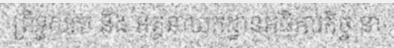
ព្រឹទ្ធសភា និង អគ្គនាយកដ្ឋានអធិការកិច្ច នា